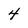
Character: 4